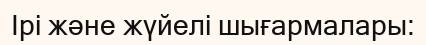
Ірі және жүйелі шығармалары: